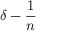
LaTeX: \delta - { \frac { 1 } { n } }